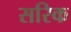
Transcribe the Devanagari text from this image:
सरिक